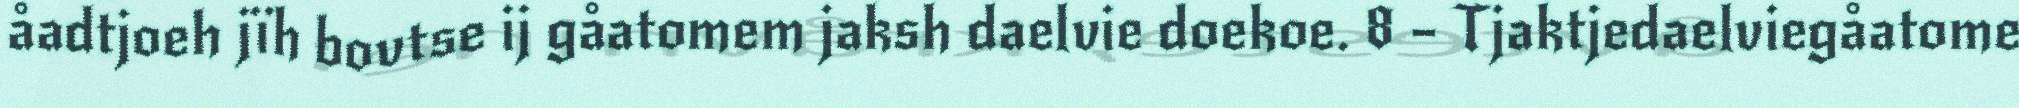
åadtjoeh jïh bovtse ij gåatomem jaksh daelvie doekoe. 8 – Tjaktjedaelviegåatome